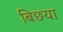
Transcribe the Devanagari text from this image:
बिछया